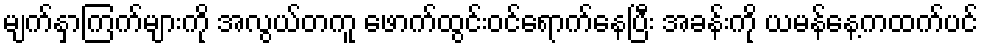
မျက်နှာကြက်များကို အလွယ်တကူ ဖောက်ထွင်းဝင်ရောက်နေပြီး အခန်းကို ယမန်နေ့ကထက်ပင်